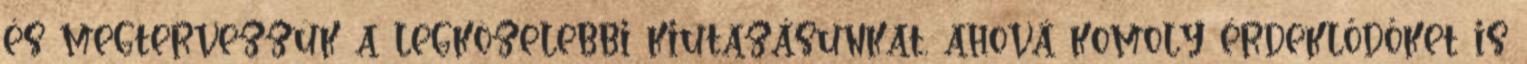
és megtervezzük a legközelebbi kiutazásunkat, ahová komoly érdeklődőket is